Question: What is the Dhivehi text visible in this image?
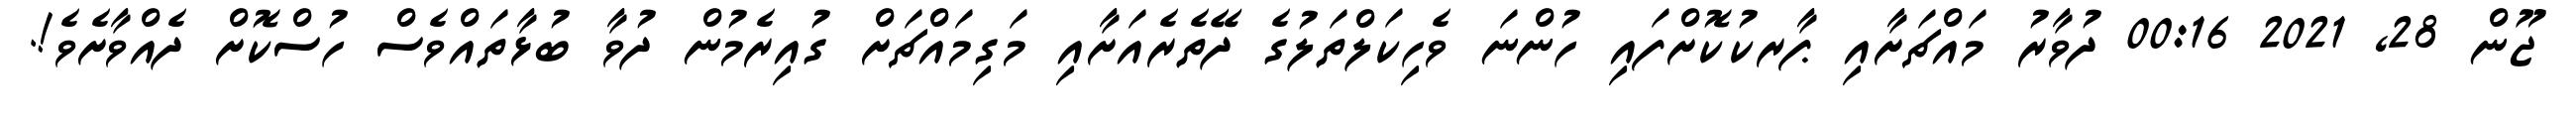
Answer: ޖޫން 28, 2021 00:16 ދުވާރު މައްޗަށާއި ޕާރކުކޮށްފައި ހުންނަ ވެހިކަލްތަލުގެ ދޭތެރެއަށާއި މަގިމައްޗަށް ގުއިރެމުން ދުވާ ބުޅާތައްވެސް ހުސްކޮށް ދެއްވާށެވެ!.